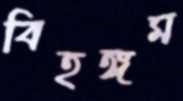
বিহঙ্গম